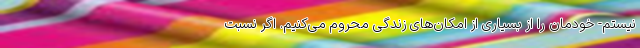
نیستم- خودمان را از بسیاری از امکان‌های زندگی محروم می‌کنیم. اگر نسبت